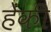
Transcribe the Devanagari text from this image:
हेंकी